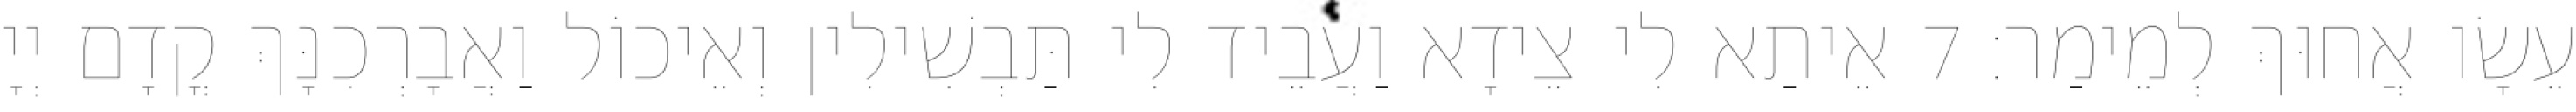
עֵשָׂו אֲחוּךְ לְמֵימַר׃ 7 אֵיתַא לִי צֵידָא וַעֲבֵיד לִי תַּבְשִׁילִין וְאֵיכוֹל וַאֲבָרְכִנָּךְ קֳדָם יְיָ